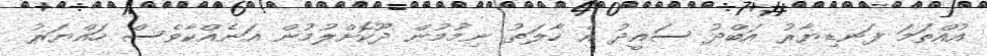
އުއްތަމަ ފަނޑިޔާރު އަބްދު ސައީދު އެ ހާލަތު ނިމުމުން ދޫކޮށްލުމުން އަނެއްކާވެސް ހައްޔަރު